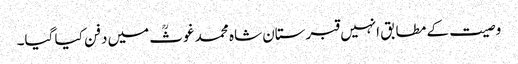
وصیت کے مطابق انہیں قبرستان شاہ محمد غوثؒ میں دفن کیا گیا۔